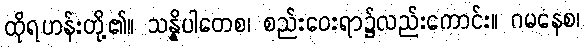
ထိုရဟန်းတို့၏။ သန္နိပါတေစ၊ စည်းဝေးရာ၌လည်းကောင်း။ ဂမနေစ၊